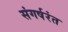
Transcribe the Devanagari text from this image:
संगर्षरंत